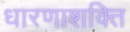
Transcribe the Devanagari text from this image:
धारणाशक्ति